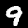
Label: 9